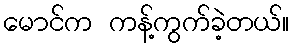
မောင်က ကန့်ကွက်ခဲ့တယ်။